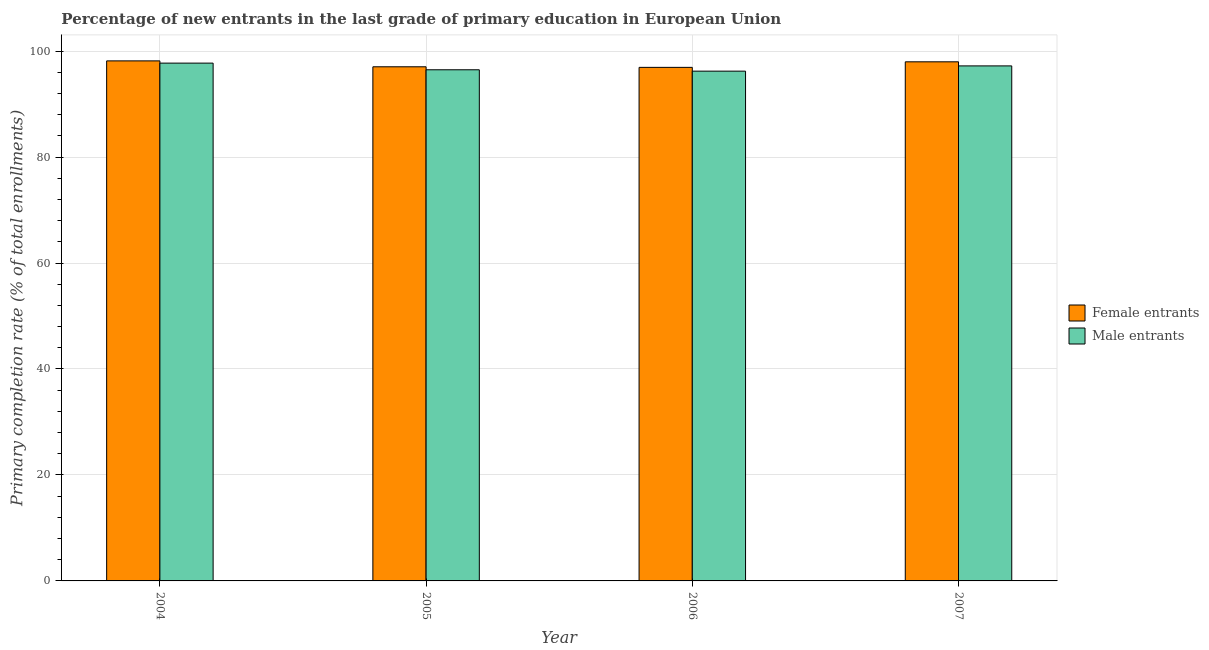
| Year | Female entrants | Male entrants |
 | --- | --- | --- |
 | 2004 | 98.1 | 97.7 |
 | 2005 | 97 | 96.5 |
 | 2006 | 96.9 | 96.2 |
 | 2007 | 98 | 97.2 |